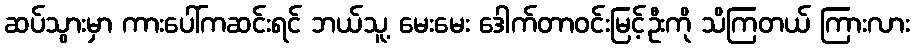
ဆပ်သွားမှာ ကားပေါ်ကဆင်းရင် ဘယ်သူ့ မေးမေး ဒေါက်တာဝင်းမြင့်ဦးကို သိကြတယ် ကြားလား